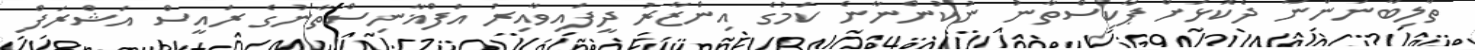
ތާލިބާނުންނާ ދެކޮޅަށް ޕާކިސްތާނު ނުކުންނާނެ ކަމުގެ އިންޒާރު ދީފައިވާއިރު އަފްޣާނިސްތާނުގެ ރައީސް އަޝްރަފް